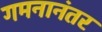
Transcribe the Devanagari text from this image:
गमनानंतर